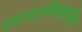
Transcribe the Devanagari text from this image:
छायाचित्रकारिता